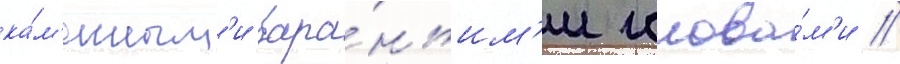
ка́м'енным'и бара́ньим'и голова́м'и //